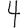
Digit: 4